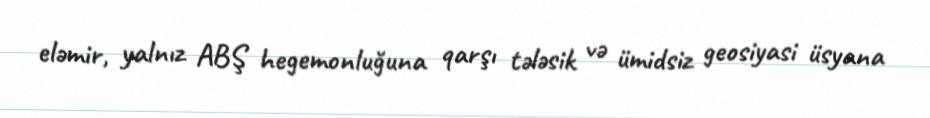
eləmir, yalnız ABŞ hegemonluğuna qarşı tələsik və ümidsiz geosiyasi üsyana